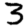
Digit: 3